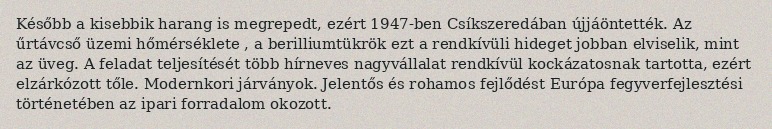
Később a kisebbik harang is megrepedt, ezért 1947-ben Csíkszeredában újjáöntették. Az űrtávcső üzemi hőmérséklete , a berilliumtükrök ezt a rendkívüli hideget jobban elviselik, mint az üveg. A feladat teljesítését több hírneves nagyvállalat rendkívül kockázatosnak tartotta, ezért elzárkózott tőle. Modernkori járványok. Jelentős és rohamos fejlődést Európa fegyverfejlesztési történetében az ipari forradalom okozott.